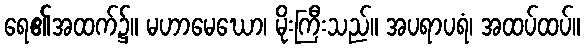
ရေ၏အထက်၌။ မဟာမေဃော၊ မိုးကြီးသည်။ အပရာပရံ၊ အထပ်ထပ်။